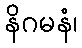
နိဂမနံ၊